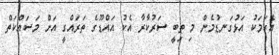
އެކަމަކު އަޅުގަނޑުމެން މި ތިބީ ސަރުކާރާ އެކު އައްޑޫގެ ތަރައްގީ އަށް މަސައްކަތް